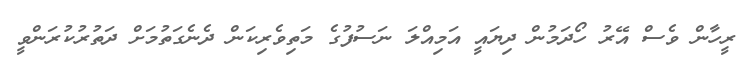
ރީހާން ވެސް އޭރު ހޯދަމުން ދިޔައީ އަމިއްލަ ނަސުފުގެ މަތިވެރިކަން ދެނެގަތުމަށް ދަތުރުކުރަންވީ